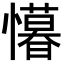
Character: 𭟒